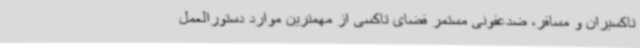
تاکسیران و مسافر، ضدعفونی مستمر فضای تاکسی از مهمترین موارد دستورالعمل